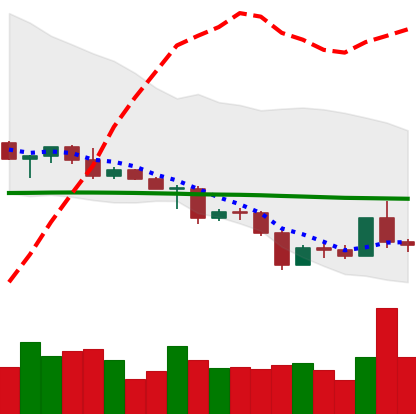
Ticker: ETC-USD
Chart end date: 2022-05-06
Forward return: -29.218%
Label: down_7plus